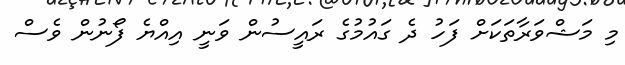
މި މަޝްވަރާތަކަށް ފަހު ދެ ގައުމުގެ ރައީސުން ވަނީ އިއްޔެ ފޯނުން ވެސް